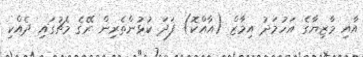
އާއި މާޒިޔާގެ އަހުމަދު އިމާޒް (އާއްކޮ) ފަދަ ކުޅުންތެރިން ރޭގެ މެޗުގައި ދެއްކި